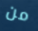
من